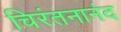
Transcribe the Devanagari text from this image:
चिरंतनानंद